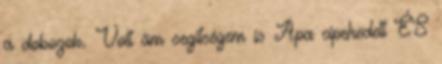
a dobozok. Volt ám segítségem is Apa cipekedett ÉS